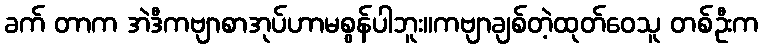
ခက် တာက အဲဒီကဗျာစာအုပ်ဟာမစွန်ပါဘူး။ကဗျာချစ်တဲ့ထုတ်ဝေသူ တစ်ဦးက